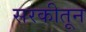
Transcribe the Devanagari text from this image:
सरकीतून